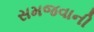
સમજવાની